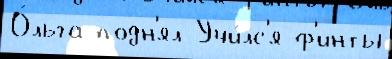
О́льга подн'ял Учи́лс'я ф'инты